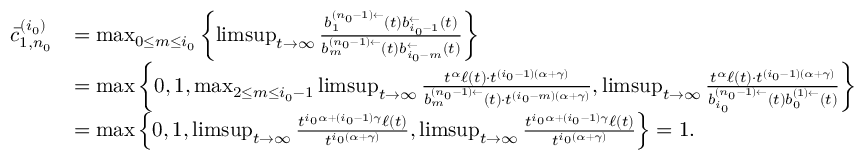
\begin{array} { r l } { \bar { c } _ { 1 , n _ { 0 } } ^ { ( i _ { 0 } ) } } & { = \operatorname* { m a x } _ { 0 \le m \le i _ { 0 } } \left\{ \operatorname* { l i m s u p } _ { t \to \infty } \frac { b _ { 1 } ^ { ( n _ { 0 } - 1 ) \leftarrow } ( t ) b _ { i _ { 0 } - 1 } ^ { \leftarrow } ( t ) } { b _ { m } ^ { ( n _ { 0 } - 1 ) \leftarrow } ( t ) b _ { i _ { 0 } - m } ^ { \leftarrow } ( t ) } \right\} } \\ & { = \operatorname* { m a x } \left\{ 0 , 1 , \operatorname* { m a x } _ { 2 \le m \le i _ { 0 } - 1 } \operatorname* { l i m s u p } _ { t \to \infty } \frac { t ^ { \alpha } \ell ( t ) \cdot t ^ { ( i _ { 0 } - 1 ) ( \alpha + \gamma ) } } { b _ { m } ^ { ( n _ { 0 } - 1 ) \leftarrow } ( t ) \cdot t ^ { ( i _ { 0 } - m ) ( \alpha + \gamma ) } } , \operatorname* { l i m s u p } _ { t \to \infty } \frac { t ^ { \alpha } \ell ( t ) \cdot t ^ { ( i _ { 0 } - 1 ) ( \alpha + \gamma ) } } { b _ { i _ { 0 } } ^ { ( n _ { 0 } - 1 ) \leftarrow } ( t ) b _ { 0 } ^ { ( 1 ) \leftarrow } ( t ) } \right\} } \\ & { = \operatorname* { m a x } \left\{ 0 , 1 , \operatorname* { l i m s u p } _ { t \to \infty } \frac { t ^ { i _ { 0 } \alpha + ( i _ { 0 } - 1 ) \gamma } \ell ( t ) } { t ^ { i _ { 0 } ( \alpha + \gamma ) } } , \operatorname* { l i m s u p } _ { t \to \infty } \frac { t ^ { i _ { 0 } \alpha + ( i _ { 0 } - 1 ) \gamma } \ell ( t ) } { t ^ { i _ { 0 } ( \alpha + \gamma ) } } \right\} = 1 . } \end{array}